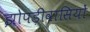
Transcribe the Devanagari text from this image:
झोपड़ीवासियों